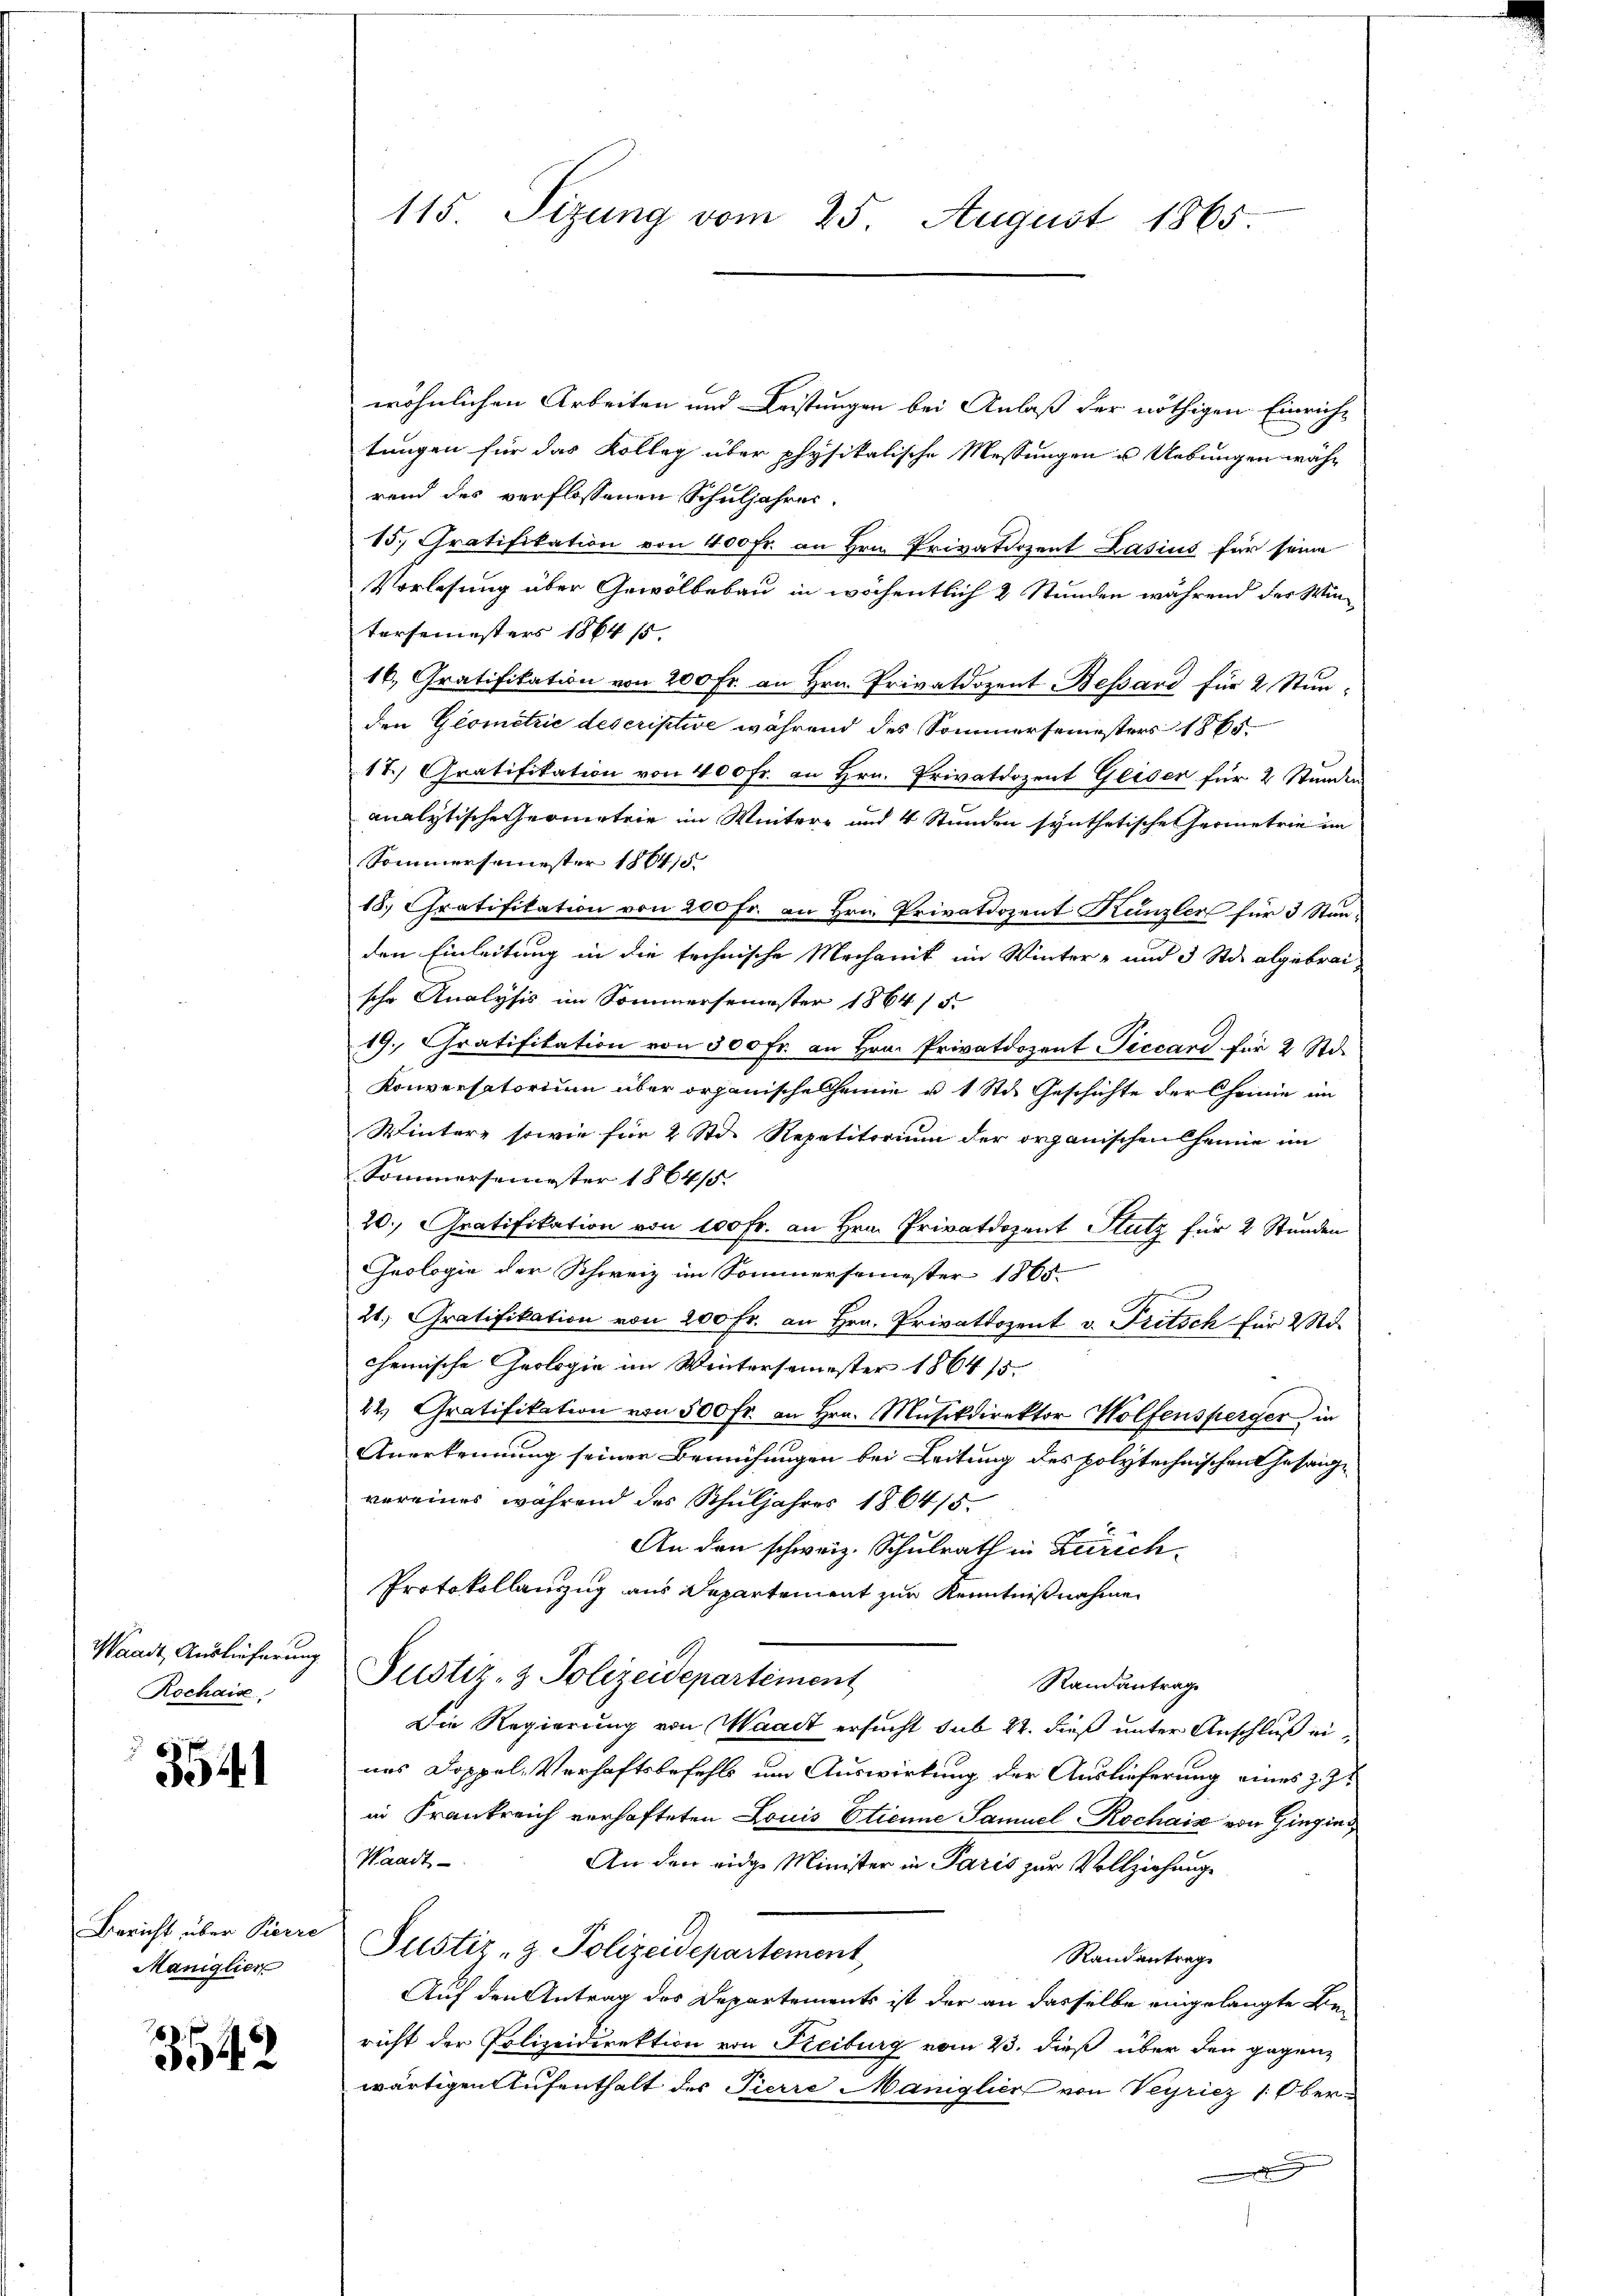
Waadt, Auslieferung
Rochais

3541

Bericht über Pierre
Maniglier

3542

115. Sizung vom 25. August 1865.

wöhnlichen Arbeiten und Leistungen bei Anlaß der nöthigen Einricht
tungen für das Kolleg über physikalische Messungen u Uebungen währ
rend des verflossenen Schuljahres
15. Gratifikation von 400 fr. an Hrn. Privatdozent Zasius für seine
Vorlesung über Gewölbebau in wöchentlich 2 Stunden während der Wintersemesters 1864 s
16., Gratifikation von 200 Fr. an Hrn. Privatdozent Bessard für 2 Stunden Geometrie descriptive während des Sommersemesters 1865.
17.) Gratifikation von 400 Fr. an Hrn. Privatdozent Geiser für 2 Stunden
analytische ermetrie im Wintere und 4 Stunden synthetische Geometrie im
Sommersemester 186415
18.) Gratifikation von 200 Fr. an Hrn. Privatdozent Kanzler für 3 Standen Einleitung in die technische Mechanik im Winter- und 3 Std. abgebraische Analysis im Sommersemester 1864 / 5.
19. Gratifikation von 300 Fr. an Hrn. Privatdozent Piccard für 2 Std.
Konversatorium über organischelheime u. 1 Std. Geschichte der Chemie im
Wintere sowie für 2 Std. Repetitorium der organischen Channe im
Sommersemester 1864/5.
20. Gratifikation von 100 Fr. an Hrn. Privatdozent Stutz für 2 Stunden
Geologie der Schweiz im Sommersemester 1865
21. Gratifikation von 200 fr. an Hrn. Privatdozent v. Fritsch für 2 d.
chemische Geologie im Wintersemester 186415.
22. Gratifikation von 500 fr. an Hrn. Mŭsikdirektor Wolfensperger in
Anerkennung seiner Bemühungen bei Leitung des polytechnischen Gesangvereines während des Schuljahres 1864/5.
An den schweiz. Schulrath in Zürich.
Protokollanzug aus Departement zur Kenntnißnahme
Justiz- & Polizeidepartement
Randantrag
Die Regierung von Waadt ersucht sub 22. dieß unter Anschluß eines Doppel-Verhaftsbefehls um Auswirkung der Auslieferung eines z. Z
in Frankreich verhafteten Louis Etienne Samuel Rochaiz von Gingins¬
Waadt
An den eidge Minister in Paris zur Vollziehung
Justiz- & Polizeidepartement,
Randantrag
Auf den Antrag des Departements ist der an dasselbe eingelangte Bericht der Polizeidirektion von Freiburg vom 23. dieß über den gegenwärtigen Aufenthalt des Pierre Maniglien von Verricz (Ober¬
.